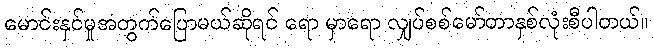
မောင်းနှင်မှုအတွက်ပြောမယ်ဆိုရင် ရော မှာရော လျှပ်စစ်မော်တာနှစ်လုံးစီပါတယ်။